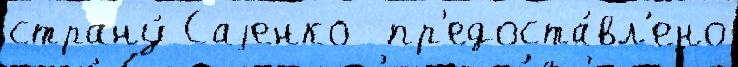
страну́ Саjенко  пр'едоста́вл'ено